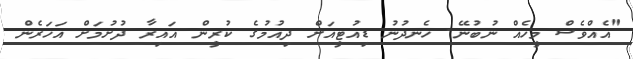
"އެއްވެސް މީހެއް ނުބުނޭ. ހެނދުނު ޑިއުޓީއަށް ދިއުމުގެ ކުރީން އައިރާ ދުށުމަށް އަހަރެން